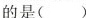
的是( )